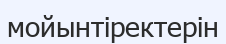
мойынтіректерін